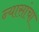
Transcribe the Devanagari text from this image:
न्यासांचा